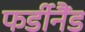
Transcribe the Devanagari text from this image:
फर्डीनैंड